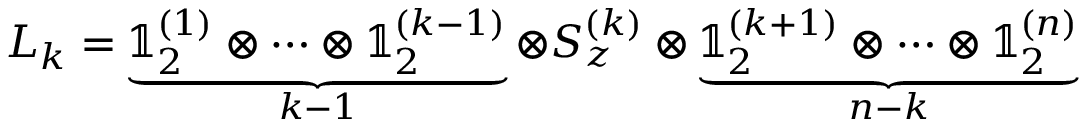
L _ { k } = \underbrace { \mathbb { 1 } _ { 2 } ^ { ( 1 ) } \otimes \dots \otimes \mathbb { 1 } _ { 2 } ^ { ( k - 1 ) } } _ { k - 1 } \otimes S _ { z } ^ { ( k ) } \otimes \underbrace { \mathbb { 1 } _ { 2 } ^ { ( k + 1 ) } \otimes \dots \otimes \mathbb { 1 } _ { 2 } ^ { ( n ) } } _ { n - k }